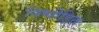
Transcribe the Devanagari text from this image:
निष्पीड़ित